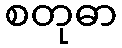
စတုဓာ